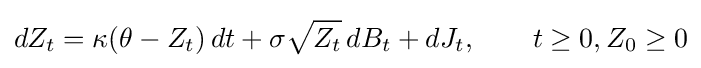
dZ_{t}=\kappa (\theta -Z_{t})\,dt+\sigma {\sqrt {Z_{t}}}\,dB_{t}+dJ_{t},\qquad t\geq 0,Z_{0}\geq 0